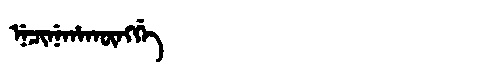
Manchu: ᠨᡝᠴᡳᠨᡝᡥᠠᡴᡡᠩᡤᡝ
Romanization: NECINEHAKŪNGGE